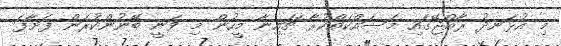
މި އުޅަނދު ރާއްޖޭގައި މަސައްކަތްކުރާ ޗައިނާ މީހުން މި ވަނީ ބޭނުންކުރަން ފަށާފަ